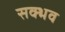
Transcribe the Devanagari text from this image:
सक्भव